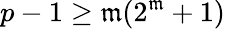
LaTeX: p-1\geq\mathfrak{m}(2^{\mathfrak{m}}+1)